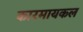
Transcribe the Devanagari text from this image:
कारमायकल